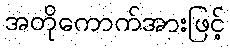
အတိုကောက်အားဖြင့်